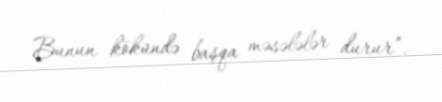
Bunun kökündə başqa məsələlər durur”.